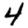
Digit: 4